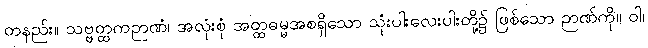
တနည်း။ သဗ္ဗတ္ထကဉာဏံ၊ အလုံးစုံ အတ္ထဓမ္မအစရှိသော သုံးပါးလေးပါးတို့၌ ဖြစ်သော ဉာဏ်ကို။ ဝါ၊